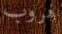
هروب